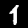
Label: 1